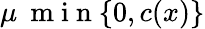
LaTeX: \mu\: \mathrm{~m~i~n~}\{ 0,c(x)\}